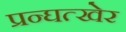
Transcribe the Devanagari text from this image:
प्रन्घत्खेर